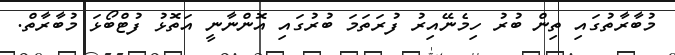
މުބާރާތުގައި ތިން ބުރު ހިމެނޭއިރު ފުރަތަމަ ބުރުގައި އޮންނާނީ އަތޮޅު ފުޓްބޯޅަ މުބާރާތް.